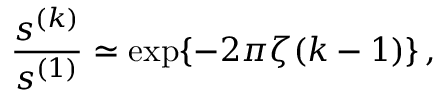
\frac { s ^ { ( k ) } } { s ^ { ( 1 ) } } \simeq \exp \{ - 2 \pi \zeta ( k - 1 ) \} \, ,